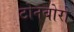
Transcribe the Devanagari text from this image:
टोनबोरो